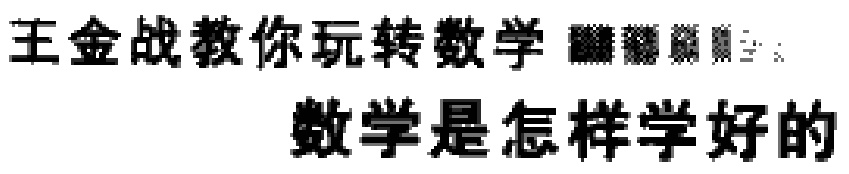
王金战教你玩转数学  数学是怎样学好的